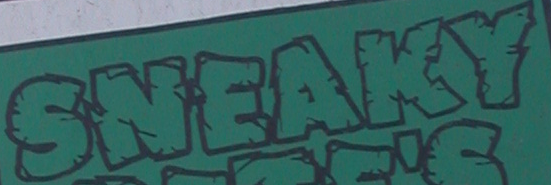
SNEAKY